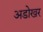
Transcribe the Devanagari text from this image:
अडोखर